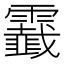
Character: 𩆧